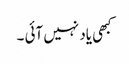
کبھی یاد نہیں آئی ۔